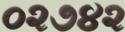
૦૨૭૪૨